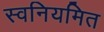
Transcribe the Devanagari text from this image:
स्वनियमित